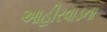
આહીરવાડના